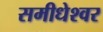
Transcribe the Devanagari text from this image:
समीधेश्वर